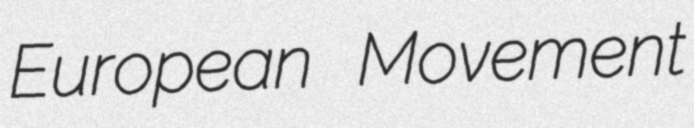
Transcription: European Movement